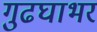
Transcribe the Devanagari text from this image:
गुढघाभर